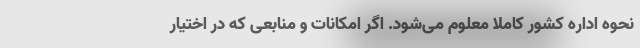
نحوه اداره کشور کاملاً معلوم می‌شود. اگر امکانات و منابعی که در اختیار